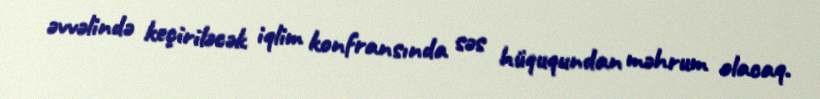
əvvəlində keçiriləcək iqlim konfransında səs hüququndan məhrum olacaq.